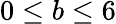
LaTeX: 0\leq b\leq 6